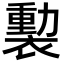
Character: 𧜻